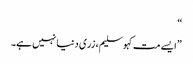
“
”ایسے مت کہو سلیم، زری دنیا نہیں ہے۔